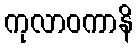
ကုလာဝကာနိ